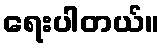
ရေးပါတယ်။